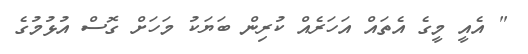
" އެއީ މީގެ އެތައް އަހަރެއް ކުރިން ބަޔަކު މަހަށް ގޮސް އުޅުމުގެ